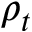
\rho _ { t }